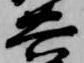
共